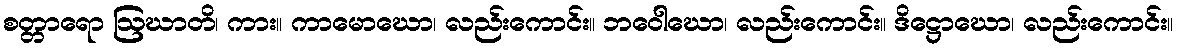
စတ္တာရော ဩဃာတိ၊ ကား။ ကာမောဃော၊ လည်းကောင်း။ ဘဝေါဃော၊ လည်းကောင်း။ ဒိဋ္ဌောဃော၊ လည်းကောင်း။